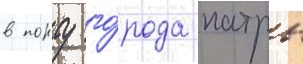
в порту го́рода патры